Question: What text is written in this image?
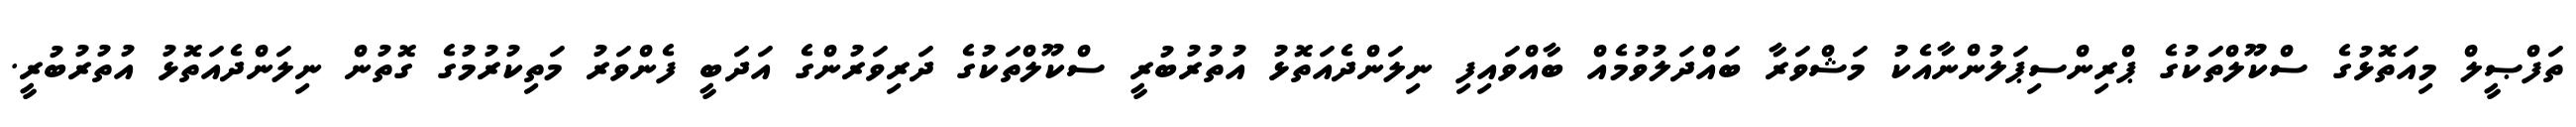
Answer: ތަފްޞީލް މިއަތޮޅުގެ ސްކޫލްތަކުގެ ޕްރިންސިޕަލުންނާއެކު މަޝްވަރާ ބައްދަލުވުމެއް ބާއްވައިފި ނިލަންދެއަތޮޅު އުތުރުބުރީ ސްކޫލްތަކުގެ ދަރިވަރުންގެ އަދަބީ ފެންވަރު މަތިކުރުމުގެ ގޮތުން ނިލަންދެއަތޮޅު އުތުރުބުރީ.